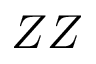
Z Z